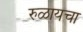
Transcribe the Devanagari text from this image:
रुळायचा